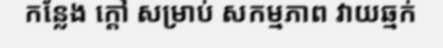
កន្លែង ក្តៅ សម្រាប់ សកម្មភាព វាយឆ្មក់